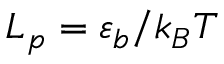
L _ { p } = \varepsilon _ { b } / k _ { B } T